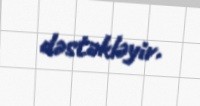
dəstəkləyir.